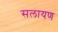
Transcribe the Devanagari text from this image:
सलायण